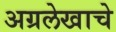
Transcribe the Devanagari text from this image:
अग्रलेखाचे